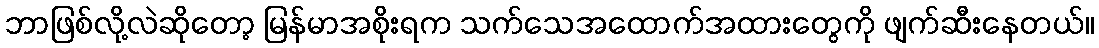
ဘာဖြစ်လို့လဲဆိုတော့ မြန်မာအစိုးရက သက်သေအထောက်အထားတွေကို ဖျက်ဆီးနေတယ်။